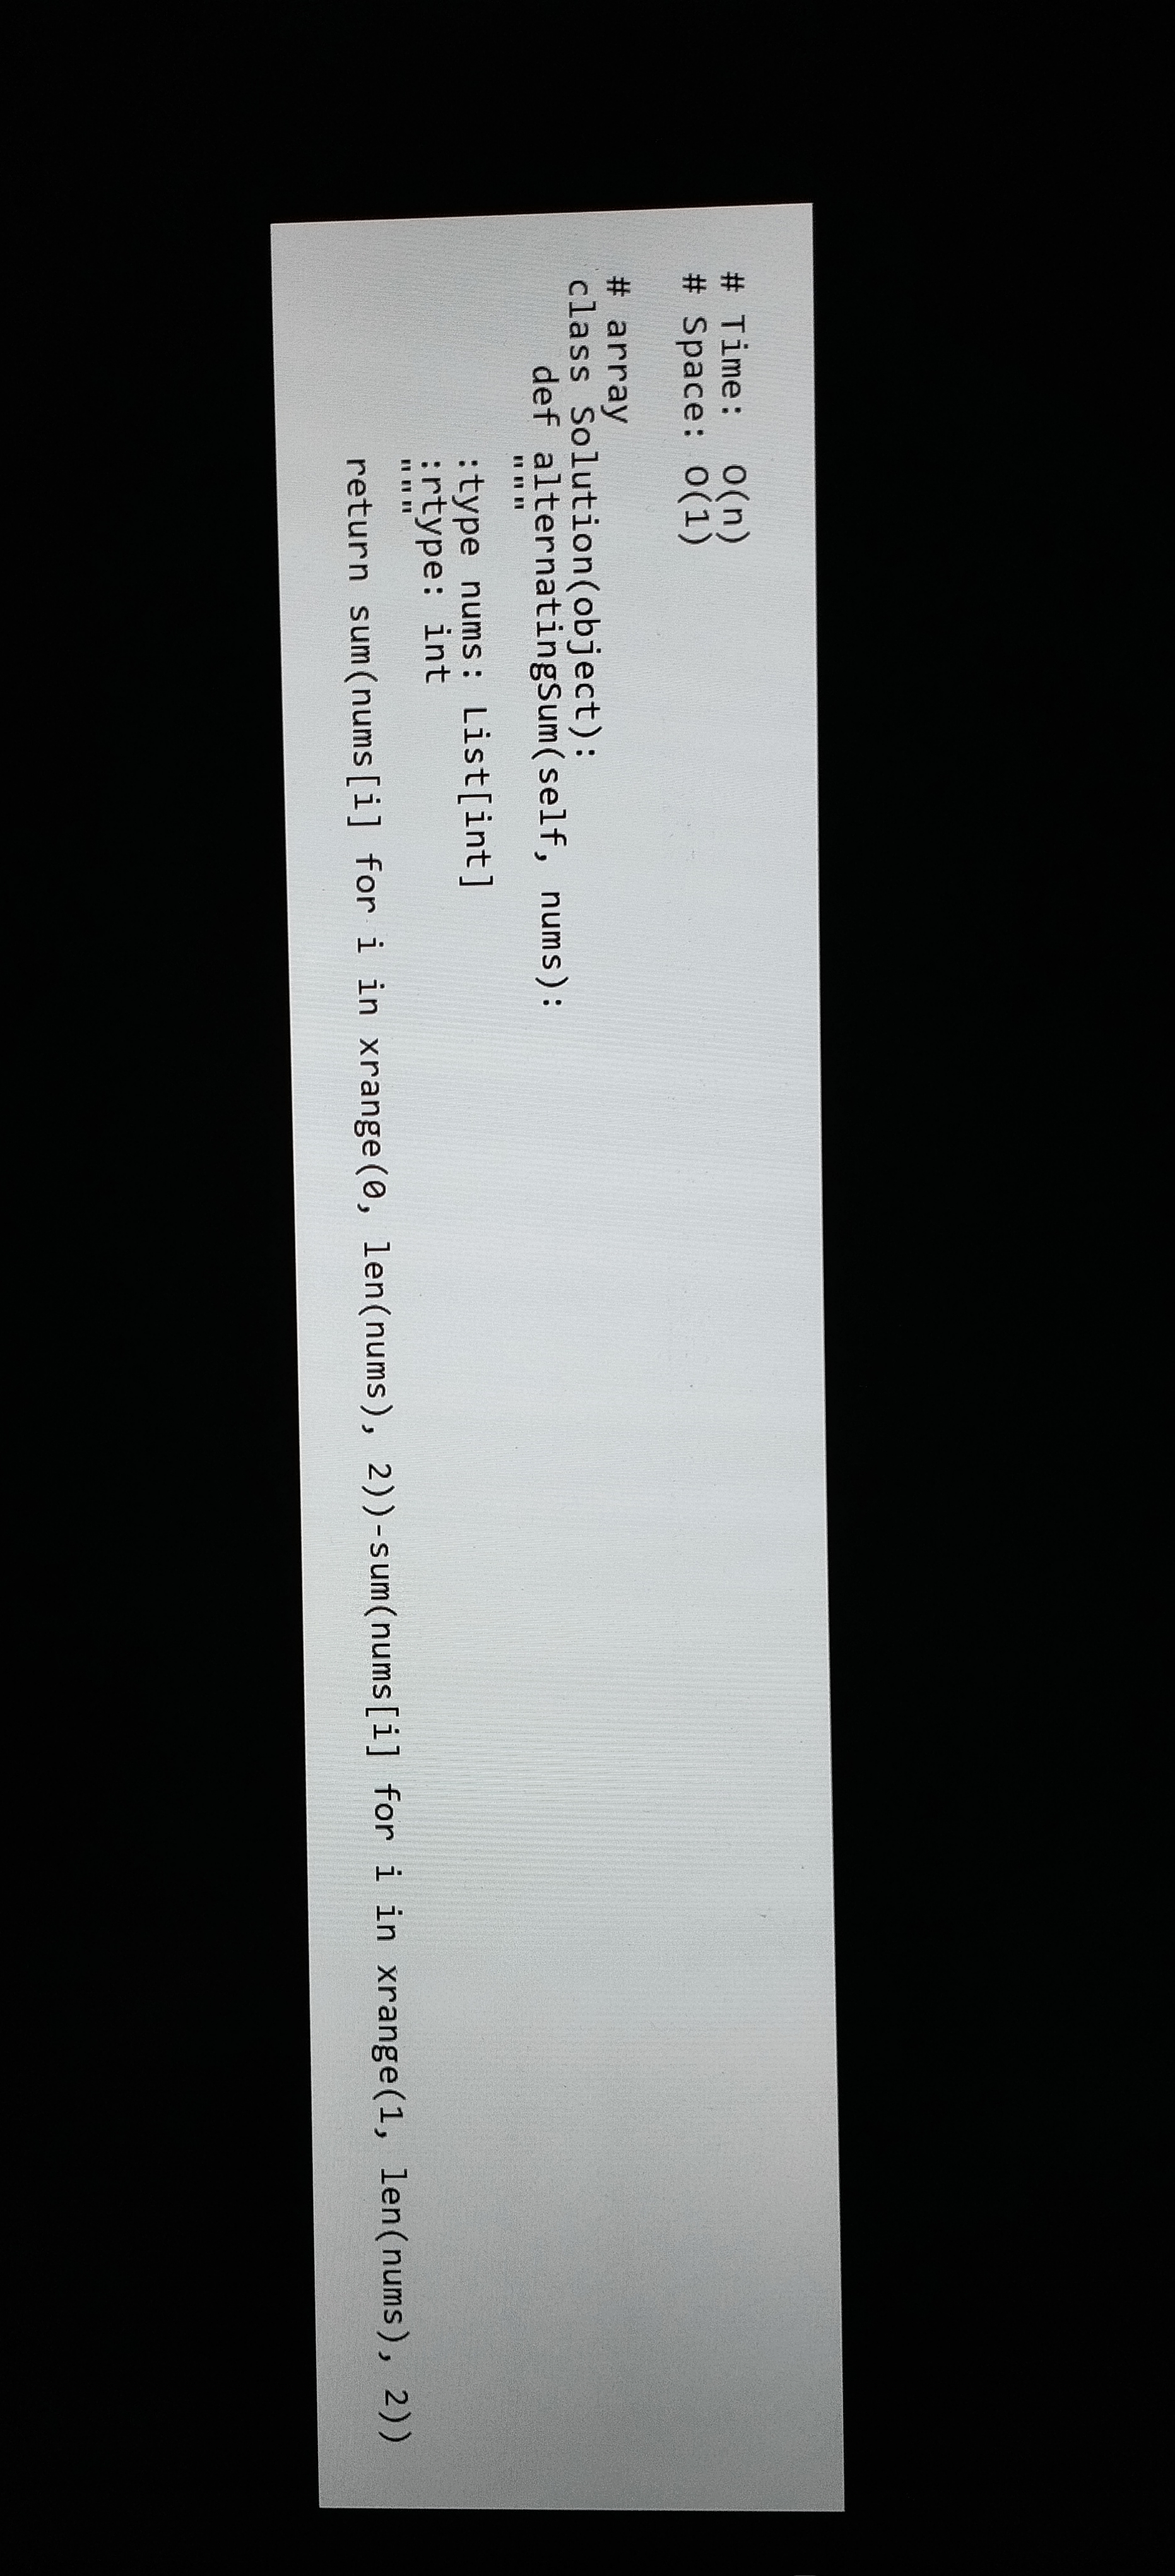
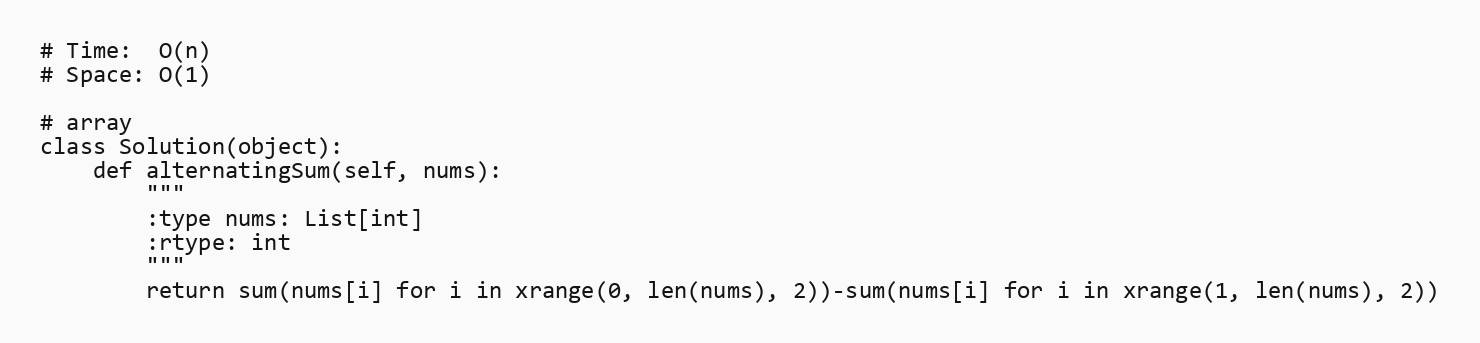
# Time:  O(n)
# Space: O(1)

# array
class Solution(object):
    def alternatingSum(self, nums):
        """
        :type nums: List[int]
        :rtype: int
        """
        return sum(nums[i] for i in xrange(0, len(nums), 2))-sum(nums[i] for i in xrange(1, len(nums), 2))